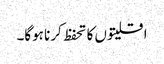
اقلیتوں کا تحفظ کرنا ہوگا۔